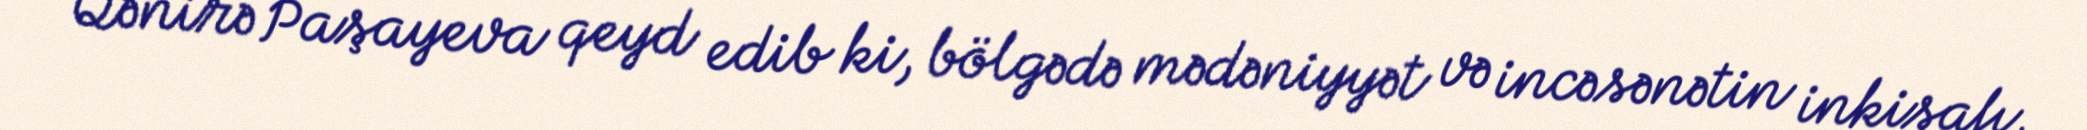
Qənirə Paşayeva qeyd edib ki, bölgədə mədəniyyət və incəsənətin inkişafı,